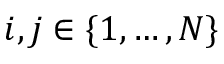
i , j \in \{ 1 , \dots , N \}